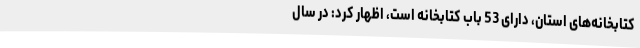
کتابخانه‌های استان، دارای 53 باب کتابخانه است، اظهار کرد: در سال